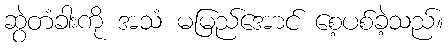
ဆွဲတံခါးကို အသံ မမြည်အောင် စေ့ပစ်ခဲ့သည်။